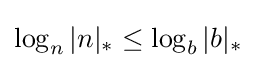
\log _{n}|n|_{*}\leq \log _{b}|b|_{*}